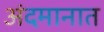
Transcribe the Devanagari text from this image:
अंदमानात